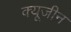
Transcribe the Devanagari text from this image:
क्यूजीन